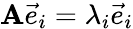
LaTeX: \mathbf{A}{\vec{{e}}}_{i}=\lambda_{i}{\vec{{e}}}_{i}